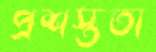
প্রশস্ততা